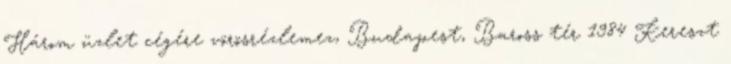
Három üzlet cégére vörösrézlemez, Budapest, Baross tér 1984 Kereszt